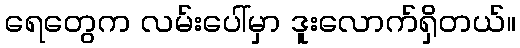
ရေတွေက လမ်းပေါ်မှာ ဒူးလောက်ရှိတယ်။